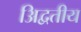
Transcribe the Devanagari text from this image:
अिद्वतीय